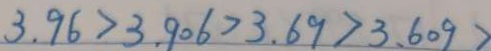
3 . 9 6 > 3 . 9 0 6 > 3 . 6 9 > 3 . 6 0 9 >